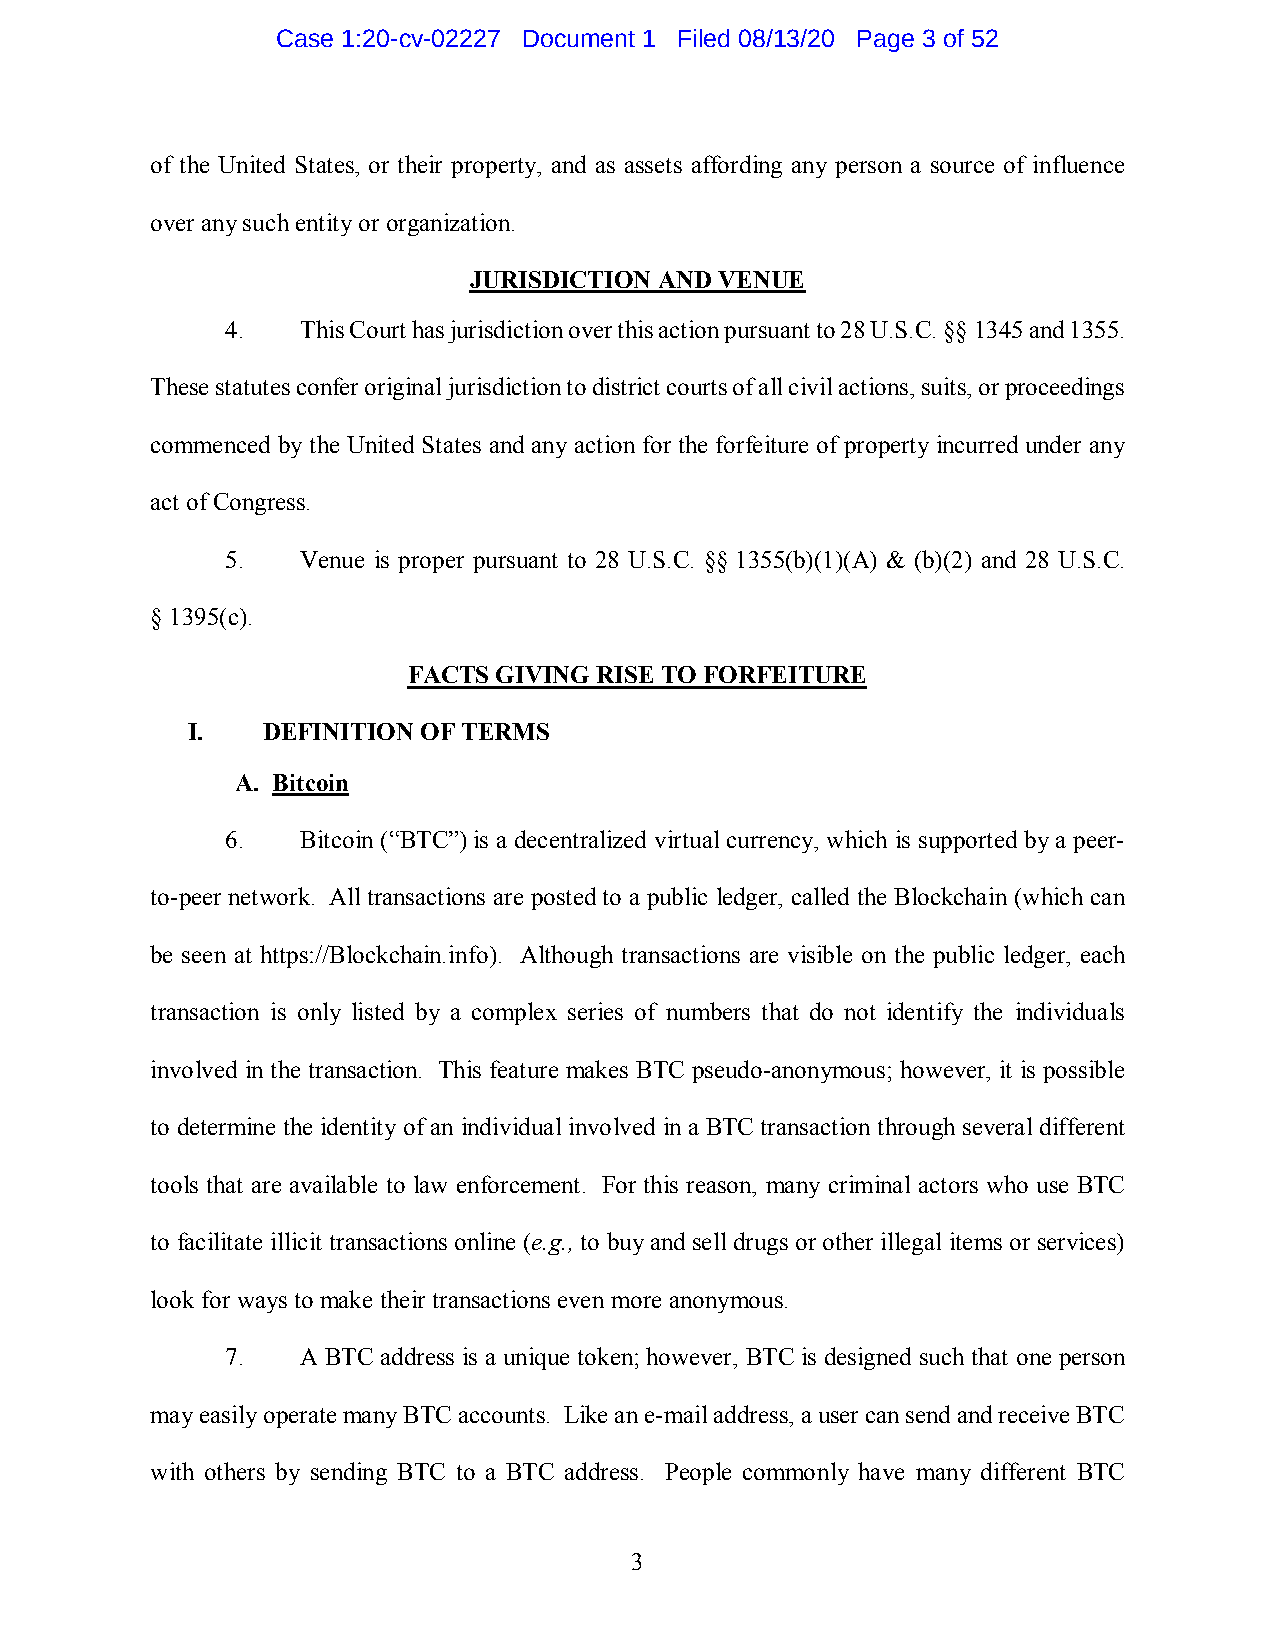
Case 1:20-cv-02227 Document 1 Filed 08/13/20 Page 3 of 52
 of the United States, or their property, and as assets affording any person a source of influence
 over any such entity or organization.
 JURISDICTION AND VENUE
 4.   This Court has jurisdiction over this action pursuant to 28 U.S.C. §§ 1345 and 1355.
 These statutes confer original jurisdiction to district courts of all civil actions, suits, or proceedings
 commenced by the United States and any action for the forfeiture of property incurred under any
 act of Congress.
 5.   Venue is proper pursuant to 28 U.S.C. §§ 1355(b)(1)(A) & (b)(2) and 28 U.S.C.
 § 1395(c).
 FACTS GIVING RISE TO FORFEITURE
 I.   DEFINITION OF TERMS
 A. Bitcoin
 6.   Bitcoin (“BTC”) is a decentralized virtual currency, which is supported by a peer-
 to-peer network. All transactions are posted to a public ledger, called the Blockchain (which can
 be seen at https://Blockchain.info). Although transactions are visible on the public ledger, each
 transaction is only listed by a complex series of numbers that do not identify the individuals
 involved in the transaction. This feature makes BTC pseudo-anonymous; however, it is possible
 to determine the identity of an individual involved in a BTC transaction through several different
 tools that are available to law enforcement. For this reason, many criminal actors who use BTC
 to facilitate illicit transactions online (e.g., to buy and sell drugs or other illegal items or services)
 look for ways to make their transactions even more anonymous.
 7.   A BTC address is a unique token; however, BTC is designed such that one person
 may easily operate many BTC accounts. Like an e-mail address, a user can send and receive BTC
 with others by sending BTC to a BTC address. People commonly have many different BTC
 3